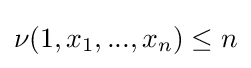
\nu (1,x_{1},...,x_{n})\leq n